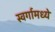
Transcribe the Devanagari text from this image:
स्वर्गामध्ये